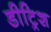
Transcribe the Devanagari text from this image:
डीट्रिश